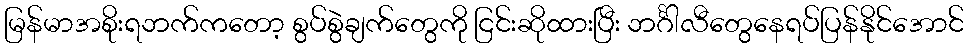
မြန်မာအစိုးရဘက်ကတော့ စွပ်စွဲချက်တွေကို ငြင်းဆိုထားပြီး ဘင်္ဂါလီတွေနေရပ်ပြန်နိုင်အောင်